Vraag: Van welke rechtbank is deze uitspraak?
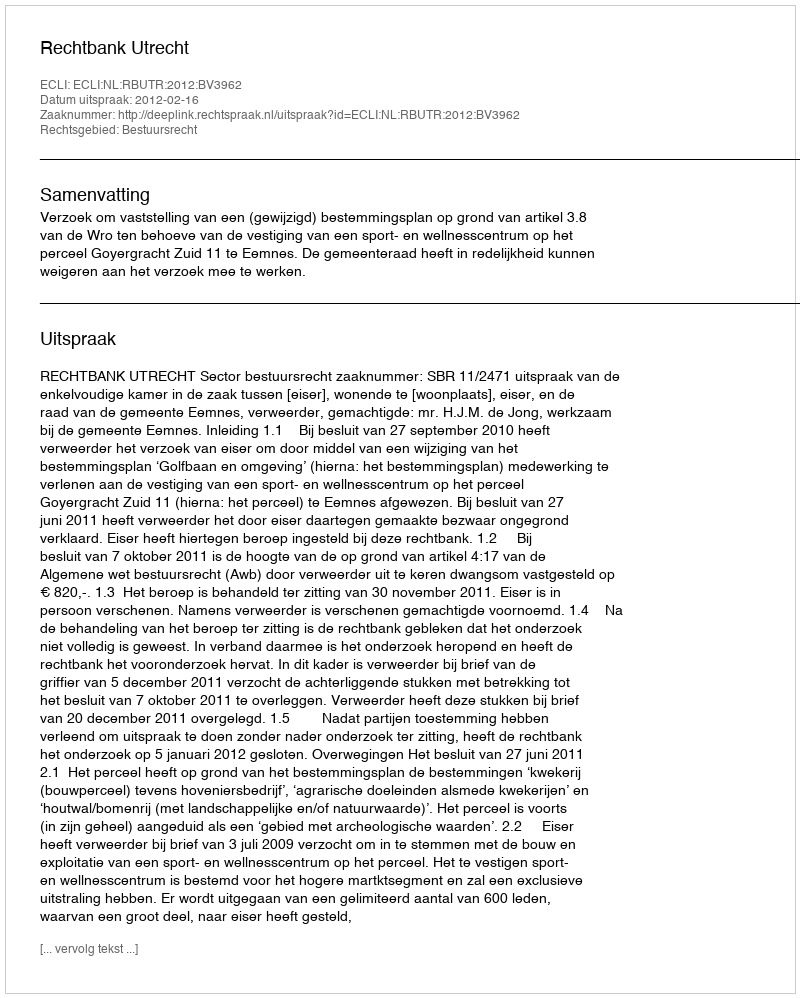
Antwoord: Rechtbank Utrecht